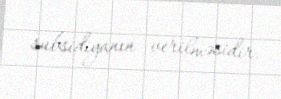
subsidiyanın verilməsidir.